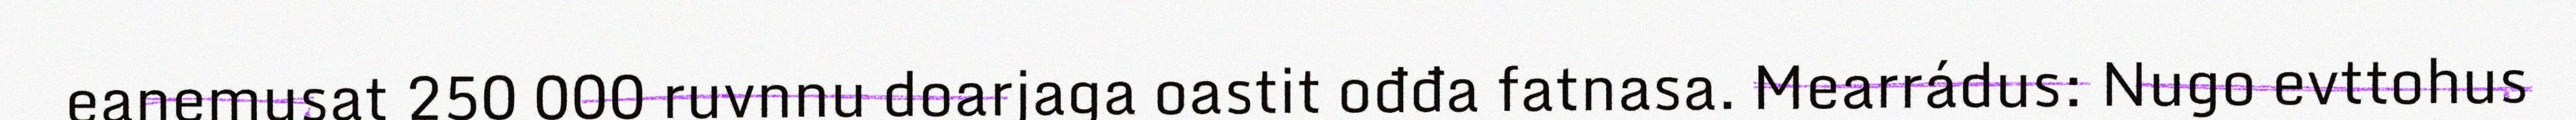
eanemusat 250 000 ruvnnu doarjaga oastit ođđa fatnasa. Mearrádus: Nugo evttohus